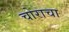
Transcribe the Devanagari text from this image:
चोराचा